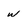
Character: w